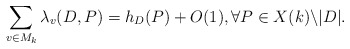
\begin{align*}\sum_{v\in M_k} \lambda_v(D, P) = h_D(P) + O(1), \forall P\in X(k)\backslash |D|.\end{align*}